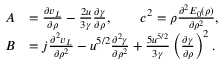
\begin{array} { r l } { A } & { = \ensuremath { \frac { \partial v _ { L } } { \partial \rho } } - \frac { 2 u } { 3 \gamma } \ensuremath { \frac { \partial \gamma } { \partial \rho } } , \qquad c ^ { 2 } = \rho \ensuremath { \frac { \partial ^ { 2 } E _ { 0 } ( \rho ) } { \partial \rho ^ { 2 } } } , } \\ { B } & { = j \ensuremath { \frac { \partial ^ { 2 } v _ { L } } { \partial \rho ^ { 2 } } } - u ^ { 5 / 2 } \ensuremath { \frac { \partial ^ { 2 } \gamma } { \partial \rho ^ { 2 } } } + \frac { 5 u ^ { 5 / 2 } } { 3 \gamma } \left( \ensuremath { \frac { \partial \gamma } { \partial \rho } } \right) ^ { 2 } . } \end{array}